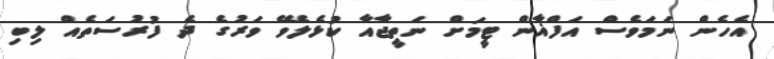
އެހެން ނަމަވެސް އަފްޣާން ޓީމަށް ނަތީޖާއާ ކުޅެލެވޭ ވަރުގެ ދެ ފުރުސަތެއް ލިބި